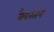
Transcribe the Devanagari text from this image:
वैवस्तव